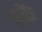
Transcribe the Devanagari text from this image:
ढ़कें